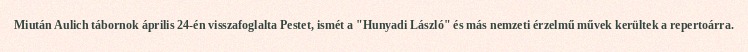
Miután Aulich tábornok április 24-én visszafoglalta Pestet, ismét a "Hunyadi László" és más nemzeti érzelmű művek kerültek a repertoárra.